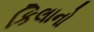
કિલાનો